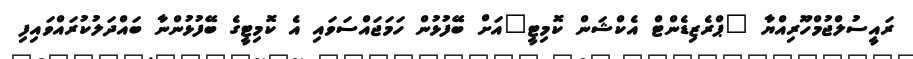
ރައީސުލްޖުމްހޫރިއްޔާ "ޕްރެޒިޑެންޓް އެކްޝަން ކޮމިޓީ"އަށް ބޭފުޅުން ހަމަޖައްސަވައި އެ ކޮމިޓީގެ ބޭފުޅުންނާ ބައްދަލުކުރައްވައިފި